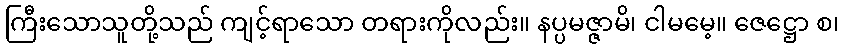
ကြီးသောသူတို့သည် ကျင့်ရာသော တရားကိုလည်း။ နပ္ပမဇ္ဇာမိ၊ ငါမမေ့။ ဇေဋ္ဌော စ၊